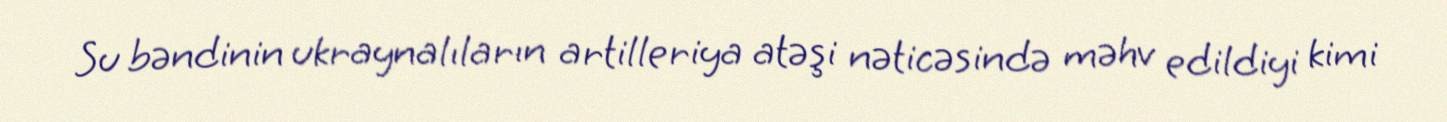
Su bəndinin ukraynalıların artilleriya atəşi nəticəsində məhv edildiyi kimi